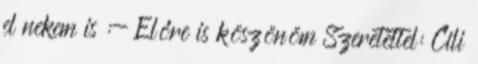
el nekem is :- Előre is köszönöm Szeretettel: Cili